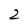
Character: 2